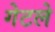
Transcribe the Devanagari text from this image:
गेटले